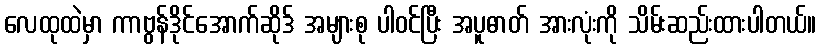
လေထုထဲမှာ ကာဗွန်ဒိုင်အောက်ဆိုဒ် အများစု ပါဝင်ပြီး အပူဓာတ် အားလုံးကို သိမ်းဆည်းထားပါတယ်။